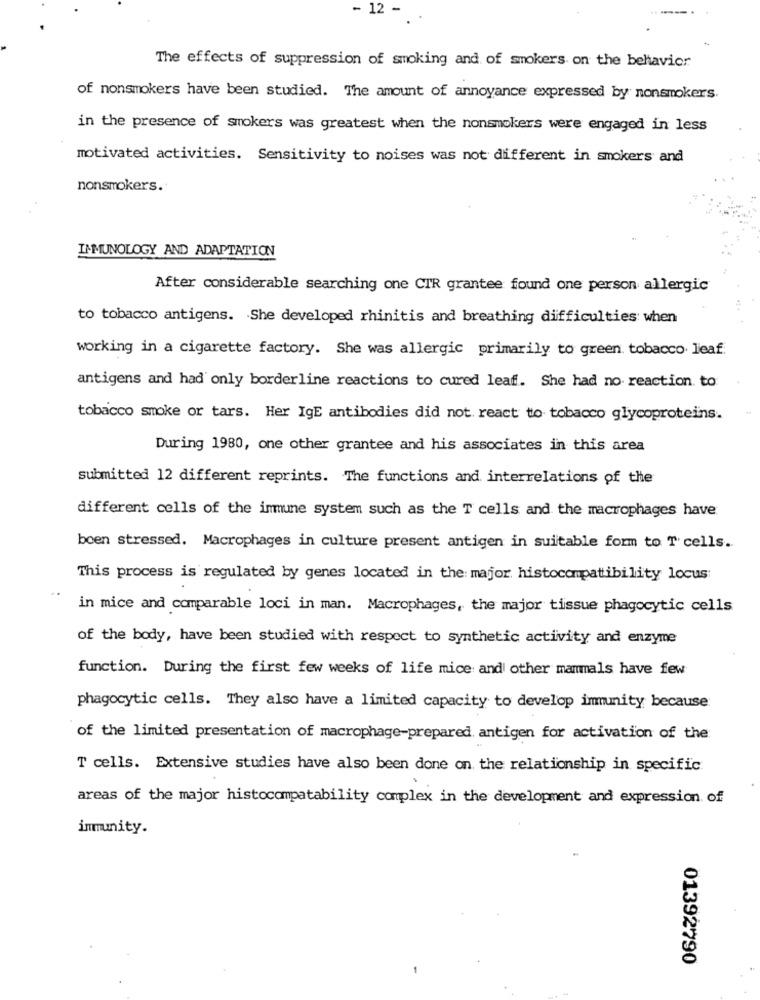
- 12 -
The effects of suppression of smoking and of smokers on the behavior
of nonsmokers have been studied. The amount of annoyance expressed by nonsmokers.
in the presence of smokers was greatest when the nonsmokers were engaged in less
motivated activities. Sensitivity to noises was not different in smokers and
nonsmokers.
IMMUNOLOGY AND ADAPTATION
After considerable searching one CTR grantee found one person allergic
to tobacco antigens. She developed rhinitis and breathing difficulties when
working in a cigarette factory. She was allergic primarily to green. tobacco leaf
antigens and had only borderline reactions to cured leaf. She had no reaction. to
tobacco smoke or tars. Her IgE antibodies did not react to tobacco glycoproteins.
During 1980, one other grantee and his associates in this area
submitted 12 different reprints. The functions and interrelations of the
different cells of the immune system such as the T cells and the macrophages have
boen stressed. Macrophages in culture present antigen in suitable form to T cells.
This process is regulated by genes located in the major. histocompatibility locus:
in mice and comparable loci in man. Macrophages, the major tissue phagocytic cells
of the body, have been studied with respect to synthetic activity and enzyme
function. During the first few weeks of life mice and other mammals have few
phagocytic cells. They also have a limited capacity to develop immunity because
of the limited presentation of macrophage-prepared antigen for activation of the
T cells. Extensive studies have also been done on the relationship in specific.
areas of the major histocompatability complex in the development and expression of
immunity.
01392790